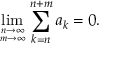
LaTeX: \operatorname* { l i m } _ { n \to \infty \atop m \to \infty } \sum _ { k = n } ^ { n + m } a _ { k } = 0 .